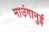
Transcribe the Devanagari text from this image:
माउंगानुई